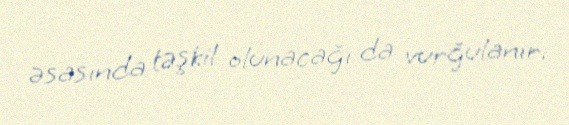
əsasında təşkil olunacağı da vurğulanır.